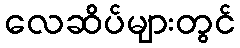
လေဆိပ်များတွင်